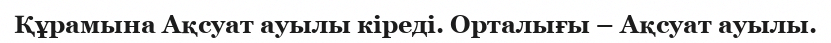
Құрамына Ақсуат ауылы кіреді. Орталығы – Ақсуат ауылы.